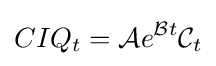
CIQ_{t}={\mathcal {A}}e^{{\mathcal {B}}t}{\mathcal {C}}_{t}